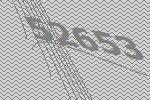
52653